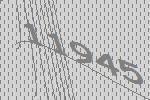
11945